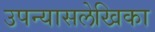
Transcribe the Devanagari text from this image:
उपन्यासलेखिका